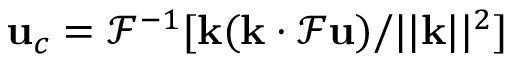
\mathbf { u } _ { c } = \mathcal { F } ^ { - 1 } [ \mathbf { k } ( \mathbf { k } \cdot \mathcal { F } \mathbf { u } ) / | | \mathbf { k } | | ^ { 2 } ]